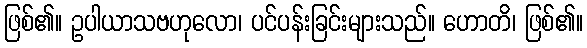
ဖြစ်၏။ ဥပါယာသဗဟုလော၊ ပင်ပန်းခြင်းများသည်။ ဟောတိ၊ ဖြစ်၏။